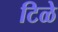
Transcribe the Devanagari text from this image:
टिळे